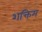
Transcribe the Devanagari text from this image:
शक्तिम्‌